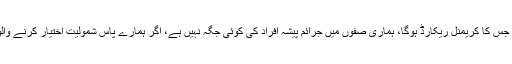
فردوس شمیم نقوی نے کہا کہ ہم اس شخص کو شامل نہیں کریں گے جس کا کریمنل ریکارڈ ہوگا، ہماری صفوں میں جرائم پیشہ افراد کی کوئی جگہ نہیں ہے، اگر ہمارے پاس شمولیت اختیار کرنے والوں کے خلاف کوئی دباؤ آیا تو پی ٹی آئی بھرپور مزاحمت کرے گی۔